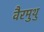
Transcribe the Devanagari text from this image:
वैरमुथु